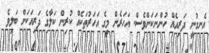
އެނގުނީ ދަރިއެއް ހުންނަކަންވެސް. އަހަރެން މީގެ އަހަރުތަކެއް ކުރިން ކަލާގެ ދަރިއަކަށް ބަލިވެ